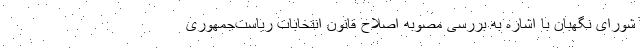
شورای نگهبان با اشاره به بررسی مصوبه اصلاح قانون انتخابات ریاست‌جمهوری